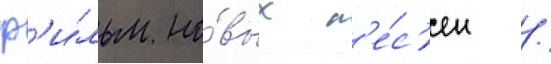
ф'и́льм но́вых п'е́с'ен /